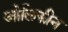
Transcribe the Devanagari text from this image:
ओलिफीन